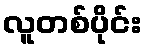
လူတစ်ပိုင်း